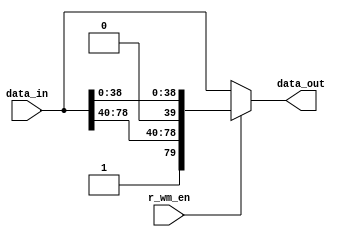
// SPDX-License-Identifier: Apache-2.0
// Copyright (C) 2019 Intel Corporation. 
//------------------------------------------------------------------------
// (C) 2009 Altera Corporation. .  
//
//------------------------------------------------------------------------
// Revision:    $Revision: #2 $
//------------------------------------------------------------------------
// Description: 
//
//------------------------------------------------------------------------

module hdpldadapt_tx_datapath_word_mark
    (
      input  wire [79:0] data_in,         // Data In
      input  wire        r_wm_en,         // Word mark enable
      output wire [79:0] data_out         // Data Out
    );

//********************************************************************
// Define Parameters 
//********************************************************************


//********************************************************************
// Define variables 
//********************************************************************


//********************************************************************
// Main logic 
//********************************************************************

assign data_out = r_wm_en ? {1'b1, data_in[78:40], 1'b0, data_in[38:0]} : data_in;


endmodule